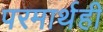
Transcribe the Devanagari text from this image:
परमार्थही